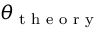
\theta _ { \textrm { t h e o r y } }